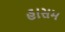
હાસમ